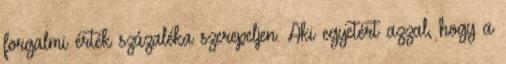
forgalmi érték százaléka szerepeljen. Aki egyetért azzal, hogy a